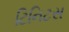
ટિનિટસ